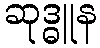
ဆုဒ္ဓူန